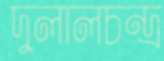
দুলালচন্দ্র